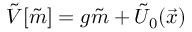
\tilde { V } [ \tilde { m } ] = g \tilde { m } + \tilde { U } _ { 0 } ( \vec { x } )